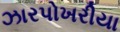
ઝારપોખરીયા